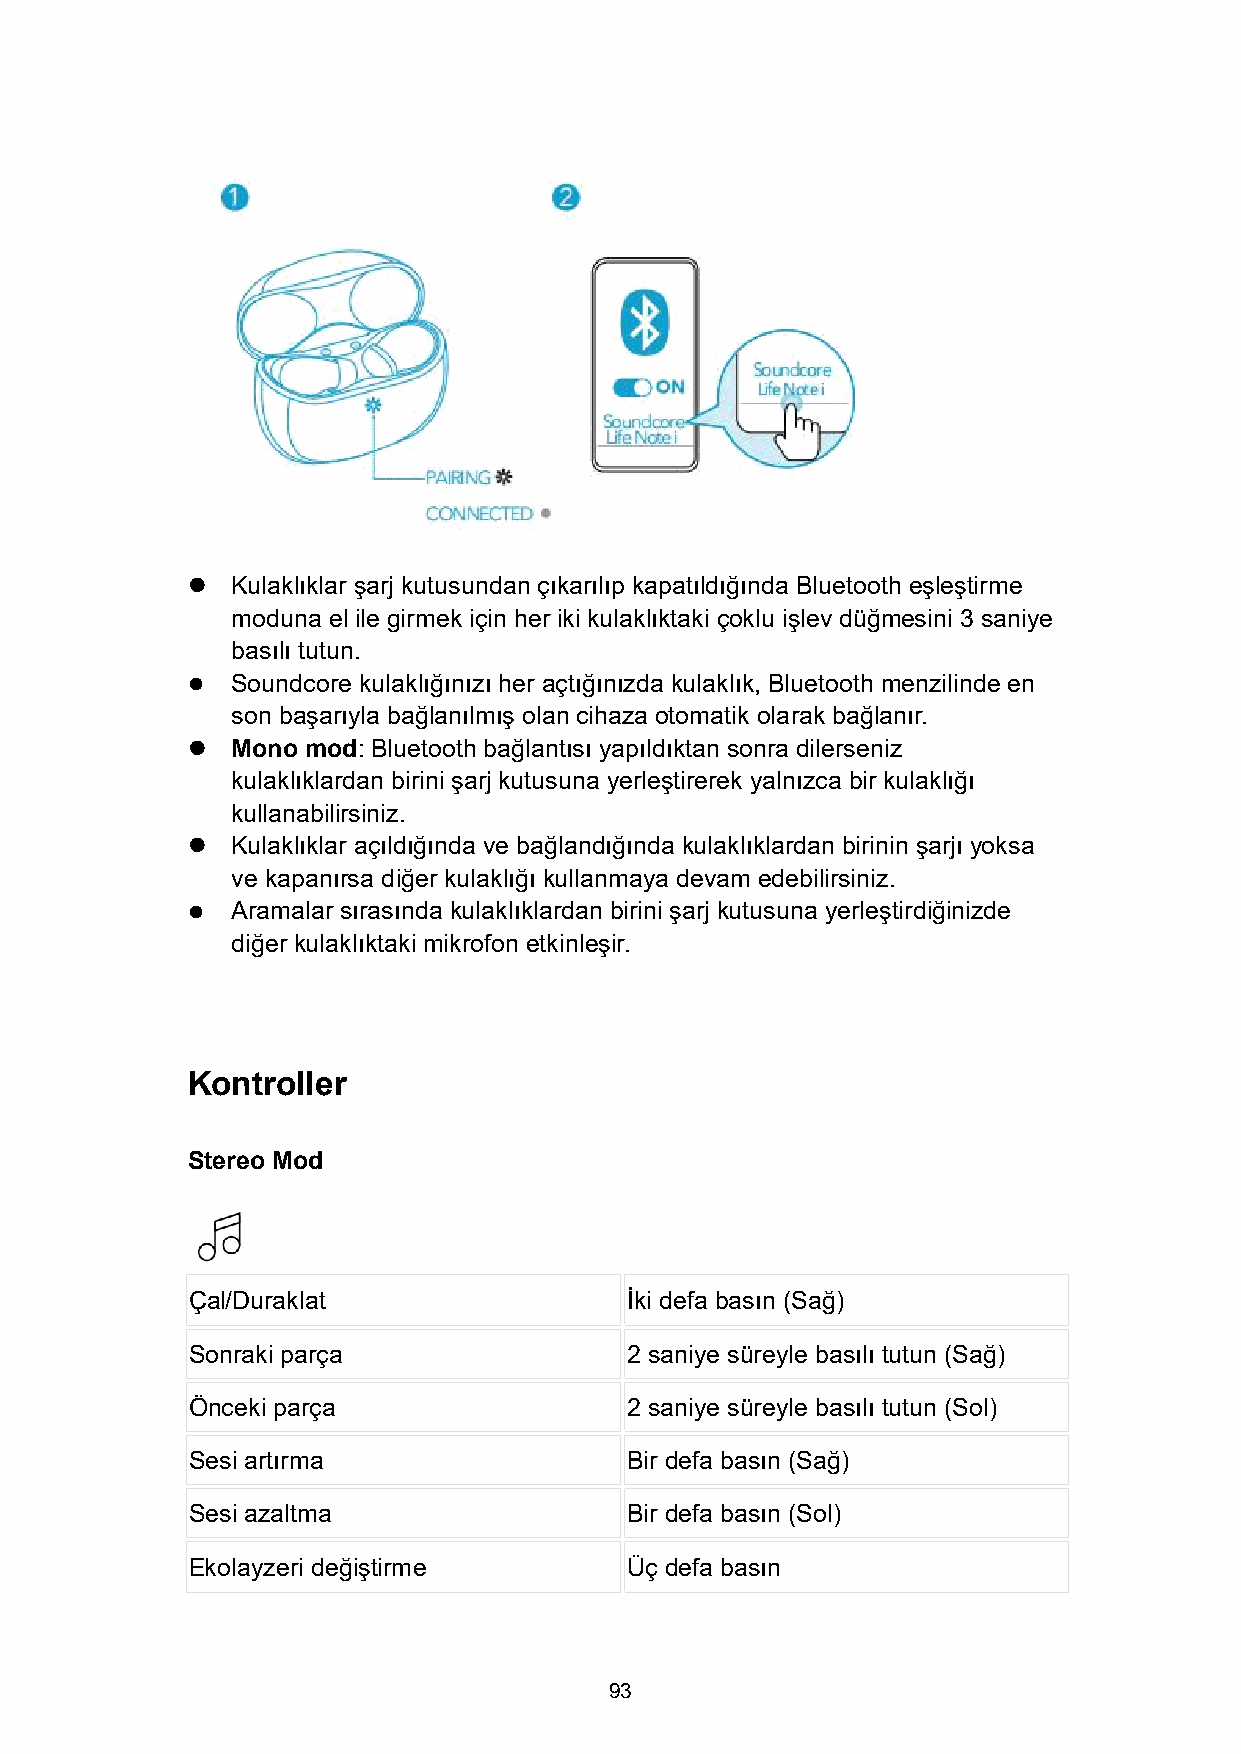
  Kulaklıklar şarj kutusundan çıkarılıp kapatıldığında Bluetooth eşleştirme
 moduna el ile girmek için her iki kulaklıktaki çoklu işlev düğmesini 3 saniye
 basılı tutun.
   Soundcore kulaklığınızı her açtığınızda kulaklık, Bluetooth menzilinde en
 son başarıyla bağlanılmış olan cihaza otomatik olarak bağlanır.
   Mono mod:Bluetooth bağlantısı yapıldıktan sonra dilerseniz
 kulaklıklardan birini şarj kutusuna yerleştirerek yalnızca bir kulaklığı
 kullanabilirsiniz.
   Kulaklıklar açıldığında ve bağlandığında kulaklıklardan birinin şarjı yoksa
 ve kapanırsa diğer kulaklığı kullanmaya devam edebilirsiniz.
   Aramalar sırasında kulaklıklardan birini şarj kutusuna yerleştirdiğinizde
 diğer kulaklıktaki mikrofon etkinleşir.
 Kontroller
 Stereo Mod
 Çal/Duraklat                 İki defa basın (Sağ)
 Sonraki parça                2 saniye süreyle basılı tutun (Sağ)
 Önceki parça                 2 saniye süreyle basılı tutun (Sol)
 Sesi artırma                 Bir defa basın (Sağ)
 Sesi azaltma                 Bir defa basın (Sol)
 Ekolayzeri değiştirme        Üç defa basın
 93